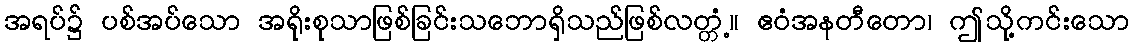
အရပ်၌ ပစ်အပ်သော အရိုးစုသာဖြစ်ခြင်းသဘောရှိသည်ဖြစ်လတ္တံ့။ ဧဝံအနတီတော၊ ဤသို့ကင်းသော